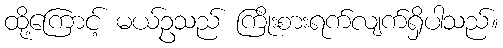
ထို့ကြောင့် မယ်ဥသည် ကြိုးစားရက်လျက်ရှိပါသည်။